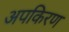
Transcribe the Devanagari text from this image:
अपकिरण